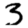
Digit: 3